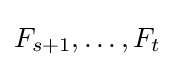
F_{s+1},\ldots ,F_{t}